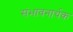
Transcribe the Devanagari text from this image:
संभावनार्थक